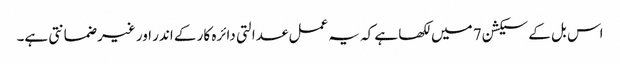
اس بل کے سیکشن 7 میں لکھا ہے کہ یہ عمل عدالتی دائرہ کار کے اندر اور غیر ضمانتی ہے۔